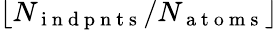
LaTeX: \lfloor N_{\mathrm{~i~n~d~p~n~t~s~}}/N_{\mathrm{~a~t~o~m~s~}}\rfloor